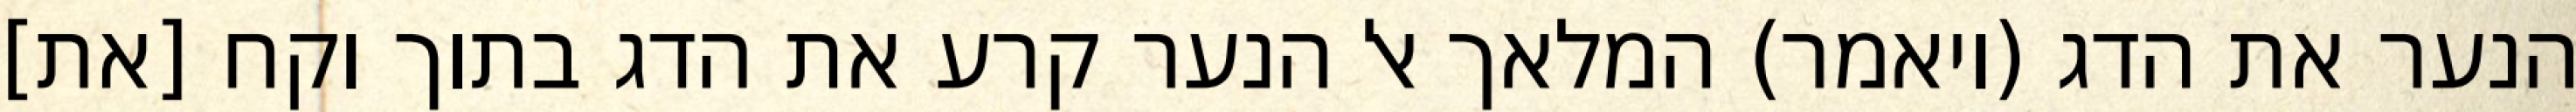
הנער את הדג (ויאמר) המלאך אל הנער קרע את הדג בתוך וקח [את]